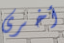
أخرى